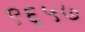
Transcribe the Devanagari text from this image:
९६५७